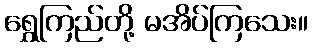
ရွှေကြည်တို့ မအိပ်ကြသေး။